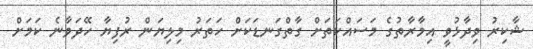
ޝާކިރު ވިދާޅުވީ އިމާރާތުގެ މަސައްކަތަށް ގާތްގަނޑަކަށް ހަތަރު މިލިޔަން ރުފިޔާ ހޭދަވާނެ ކަމަށް